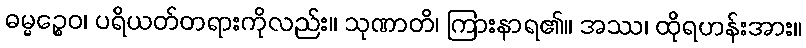
ဓမ္မဉ္စေဝ၊ ပရိယတ်တရားကိုလည်း။ သုဏာတိ၊ ကြားနာရ၏။ အဿ၊ ထိုရဟန်းအား။